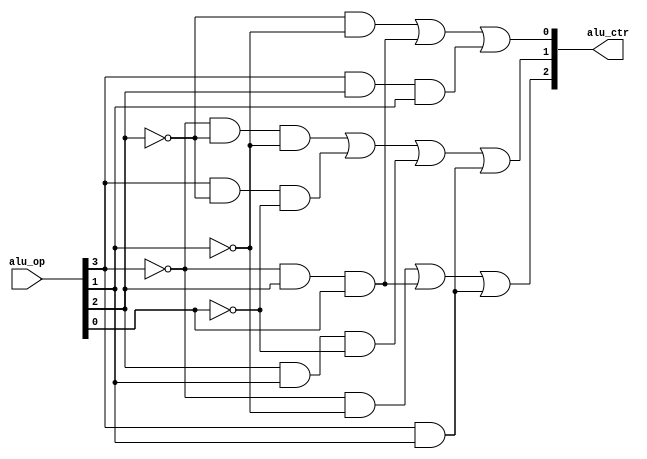
`timescale 1ns / 1ps
//////////////////////////////////////////////////////////////////////////////////
// Company: 
// Engineer: 
// 
// Design Name: 
// Module Name: alu_controller
// Project Name: 
// Target Devices: 
// Tool Versions: 
// Description: 
// 
// Dependencies: 
// 
// Revision:
// Revision 0.01 - File Created
// Additional Comments:
// 
//////////////////////////////////////////////////////////////////////////////////


module alu_controller
(
    input [3:0] alu_op,
    output reg [2:0] alu_ctr 
);
    always@(*)
    begin
	    alu_ctr[2] = ((~alu_op[3]) & (~alu_op[1])) | ((~alu_op[3]) & alu_op[2] & alu_op[0]) | (alu_op[3] & alu_op[1]);
	    alu_ctr[1] = ((~alu_op[3]) & (~alu_op[2]) & (~alu_op[1])) | (alu_op[3] & (~alu_op[2]) & ( ~alu_op[0])) | (alu_op[2] & alu_op[1] & (~alu_op[0])) | (alu_op[3] & alu_op[1]);
	    alu_ctr[0] = ((~alu_op[2]) & (~alu_op[1])) | ((~alu_op[3]) & alu_op[2] & alu_op[0]) | (alu_op[3] & alu_op[2] & alu_op[1]);
    end
endmodule